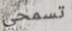
تسمحي